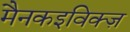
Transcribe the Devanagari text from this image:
मैनकइविक्ज़